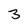
Character: 3